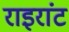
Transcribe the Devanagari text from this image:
राइरांट